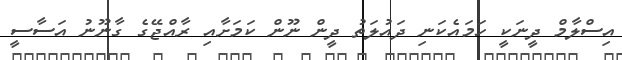
އިސްލާމް ދީނަކީ ހަމައެކަނި ދައުލަތު ދީން ނޫން ކަމަށާއި ރާއްޖޭގެ ގާނޫނު އަސާސީ